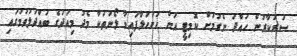
ސަރުކާރުން ހުއްދަ ނެގުމަށް ކޮމިޓީ އަށް ހުށަހަޅާފައިވާ ލޯނުތަކާ މެދު މިއަދުގެ ބައްދަލުވުމުގައި